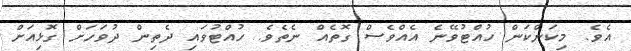
އެވެ. މިކަންކަން ހުއްޓުވޭނެ އެއްވެސް ގޮތެއް ނެތެވެ. ހުއްޓުވައި ދެތިން ދުވަހަށް ގޮޅިއަށް